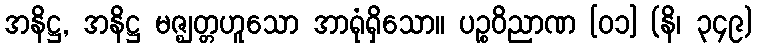
အနိဋ္ဌ, အနိဋ္ဌ မဇ္ဈတ္တဟူသော အာရုံရှိသော။ ပဉ္စဝိညာဏ [၀၁] (နိ၊ ၃၄၉)